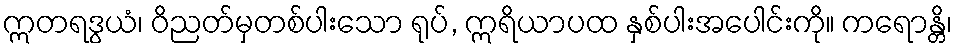
ဣတရဒွယံ၊ ဝိညတ်မှတစ်ပါးသော ရုပ်, ဣရိယာပထ နှစ်ပါးအပေါင်းကို။ ကရောန္တိ၊